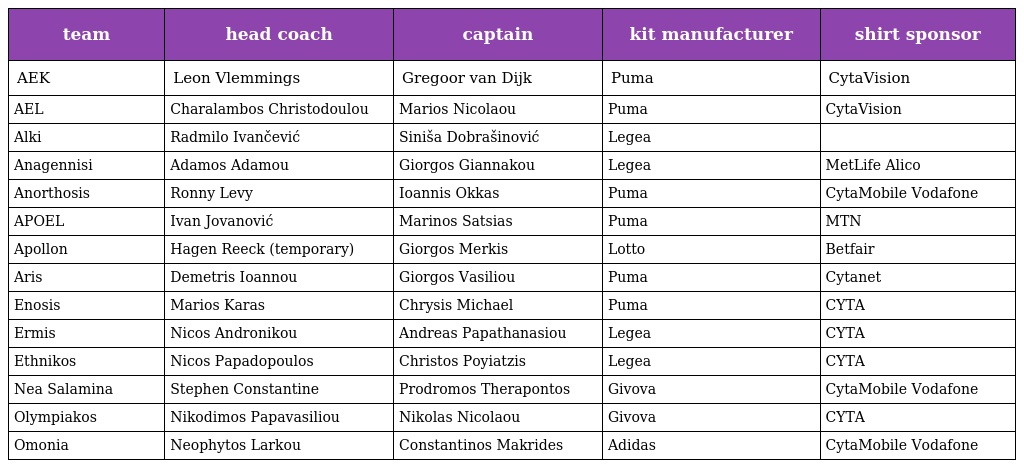
| team | head coach | captain | kit manufacturer | shirt sponsor |
 | --- | --- | --- | --- | --- |
 | AEK | Leon Vlemmings | Gregoor van Dijk | Puma | CytaVision |
 | AEL | Charalambos Christodoulou | Marios Nicolaou | Puma | CytaVision |
 | Alki | Radmilo Ivančević | Siniša Dobrašinović | Legea |  |
 | Anagennisi | Adamos Adamou | Giorgos Giannakou | Legea | MetLife Alico |
 | Anorthosis | Ronny Levy | Ioannis Okkas | Puma | CytaMobile Vodafone |
 | APOEL | Ivan Jovanović | Marinos Satsias | Puma | MTN |
 | Apollon | Hagen Reeck (temporary) | Giorgos Merkis | Lotto | Betfair |
 | Aris | Demetris Ioannou | Giorgos Vasiliou | Puma | Cytanet |
 | Enosis | Marios Karas | Chrysis Michael | Puma | CYTA |
 | Ermis | Nicos Andronikou | Andreas Papathanasiou | Legea | CYTA |
 | Ethnikos | Nicos Papadopoulos | Christos Poyiatzis | Legea | CYTA |
 | Nea Salamina | Stephen Constantine | Prodromos Therapontos | Givova | CytaMobile Vodafone |
 | Olympiakos | Nikodimos Papavasiliou | Nikolas Nicolaou | Givova | CYTA |
 | Omonia | Neophytos Larkou | Constantinos Makrides | Adidas | CytaMobile Vodafone |